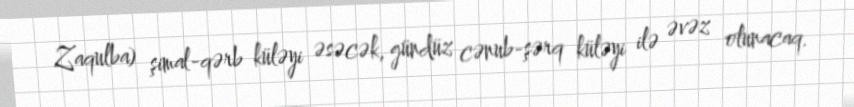
Zaqulba) şimal-qərb küləyi əsəcək, gündüz cənub-şərq küləyi ilə əvəz olunacaq.